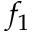
f _ { 1 }